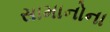
સામાનોના